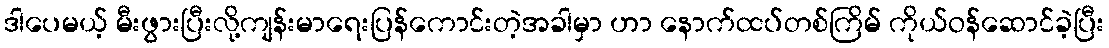
ဒါပေမယ့် မီးဖွားပြီးလို့ကျန်းမာရေးပြန်ကောင်းတဲ့အခါမှာ ဟာ နောက်ထပ်တစ်ကြိမ် ကိုယ်ဝန်ဆောင်ခဲ့ပြီး